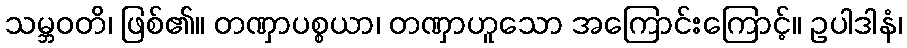
သမ္ဘဝတိ၊ ဖြစ်၏။ တဏှာပစ္စယာ၊ တဏှာဟူသော အကြောင်းကြောင့်။ ဥပါဒါနံ၊